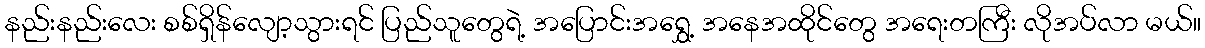
နည်းနည်းလေး စစ်ရှိန်လျော့သွားရင် ပြည်သူတွေရဲ့ အပြောင်းအရွှေ့ အနေအထိုင်တွေ အရေးတကြီး လိုအပ်လာ မယ်။